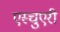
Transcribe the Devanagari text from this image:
एस्चुएरी